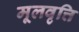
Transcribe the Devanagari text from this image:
मूलवृत्ति